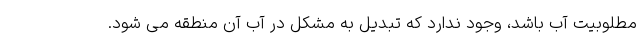
مطلوبیت آب باشد، وجود ندارد که تبدیل به مشکل در آب آن منطقه می شود.